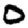
Digit: 0